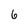
Character: 6